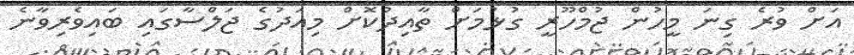
އަށް ވުރެ ގިނަ މީހުން ޖުމްހޫރީ ގުޅުމަށް ތާއިދުކޮށް މިއަދުގެ ޖަލްސާގައި ބައިވެރިވާނެ